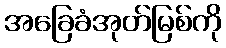
အခြေခံအုတ်မြစ်ကို